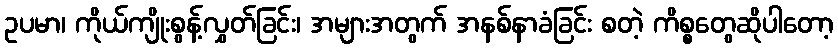
ဥပမာ၊ ကိုယ်ကျိုးစွန့်လွှတ်ခြင်း၊ အများအတွက် အနစ်နာခံခြင်း စတဲ့ ကိစ္စတွေဆိုပါတော့